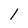
Character: 1